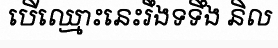
បើឈ្មោះនេះរឹងទទឹង និល